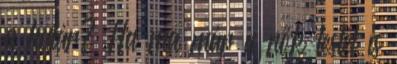
a határ? Ha ma már a nők testét is